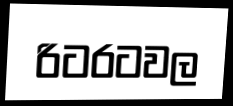
රිටරටවල